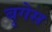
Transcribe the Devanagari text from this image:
बृगेस